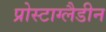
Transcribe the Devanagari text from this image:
प्रोस्टाग्लैडीन